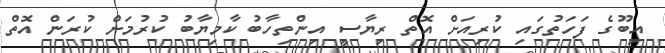
އިބޫގެ ފަހަތުގައި ކުރިއަށް އޮތް ރިޔާސީ އިންތިހާބު ކާމިޔާބު ކުރުމަށް ކުރަން އޮތް